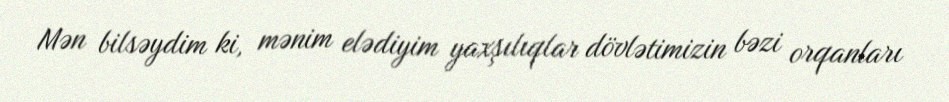
Mən bilsəydim ki, mənim elədiyim yaxşılıqlar dövlətimizin bəzi orqanları